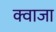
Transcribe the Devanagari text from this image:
क्वाजा